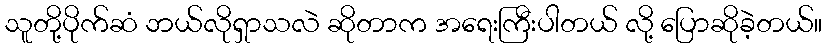
သူတို့ပိုက်ဆံ ဘယ်လိုရှာသလဲ ဆိုတာက အရေးကြီးပါတယ် လို့ ပြောဆိုခဲ့တယ်။